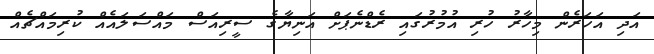
އަދި އަހަރެން މިހާރު ހުރި އުމުރުގައި ރެޑްނެޕަށް އަނިޔާގެ ސީރިއަސް މައްސަލައެއް ކުރިމައްޗެއް